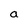
Character: a